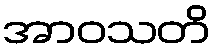
အာဝသတိ